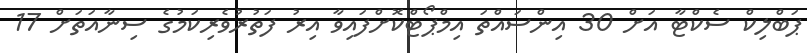
ޕަބްލިކް ސެކްޓާ އަށް 30 އިންސައްތަ އިމްޕޯޓްކޮށްފައިވާ އިރު ފަތުރުވެރިކަމުގެ ސިނާއަތަށް 17